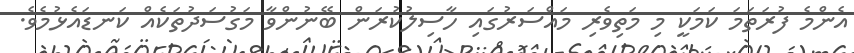
އެންމެ ފުރަތަމަ ކަމަކީ މި މަތިވެރި މައްސަރުގައި ހާސިލުކުރަން ބޭނުންވާ މަގުސަދުތަކެއް ކަނޑައެޅުމެވެ.